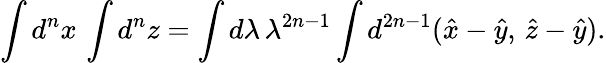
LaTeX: \int d^{n}x\, \int d^{n}z=\int d\lambda\, \lambda^{2n-1}\int d^{2n-1}(\hat{x}-\hat{y},\, \hat{z}-\hat{y}).